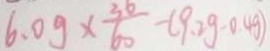
6 . 0 g \times \frac { 3 6 } { 6 0 } - ( 9 . 2 g - 0 . 4 g )